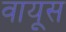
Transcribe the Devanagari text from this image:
वायूस